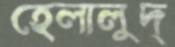
হেলালুদ্